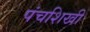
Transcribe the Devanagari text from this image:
पंचशिखी